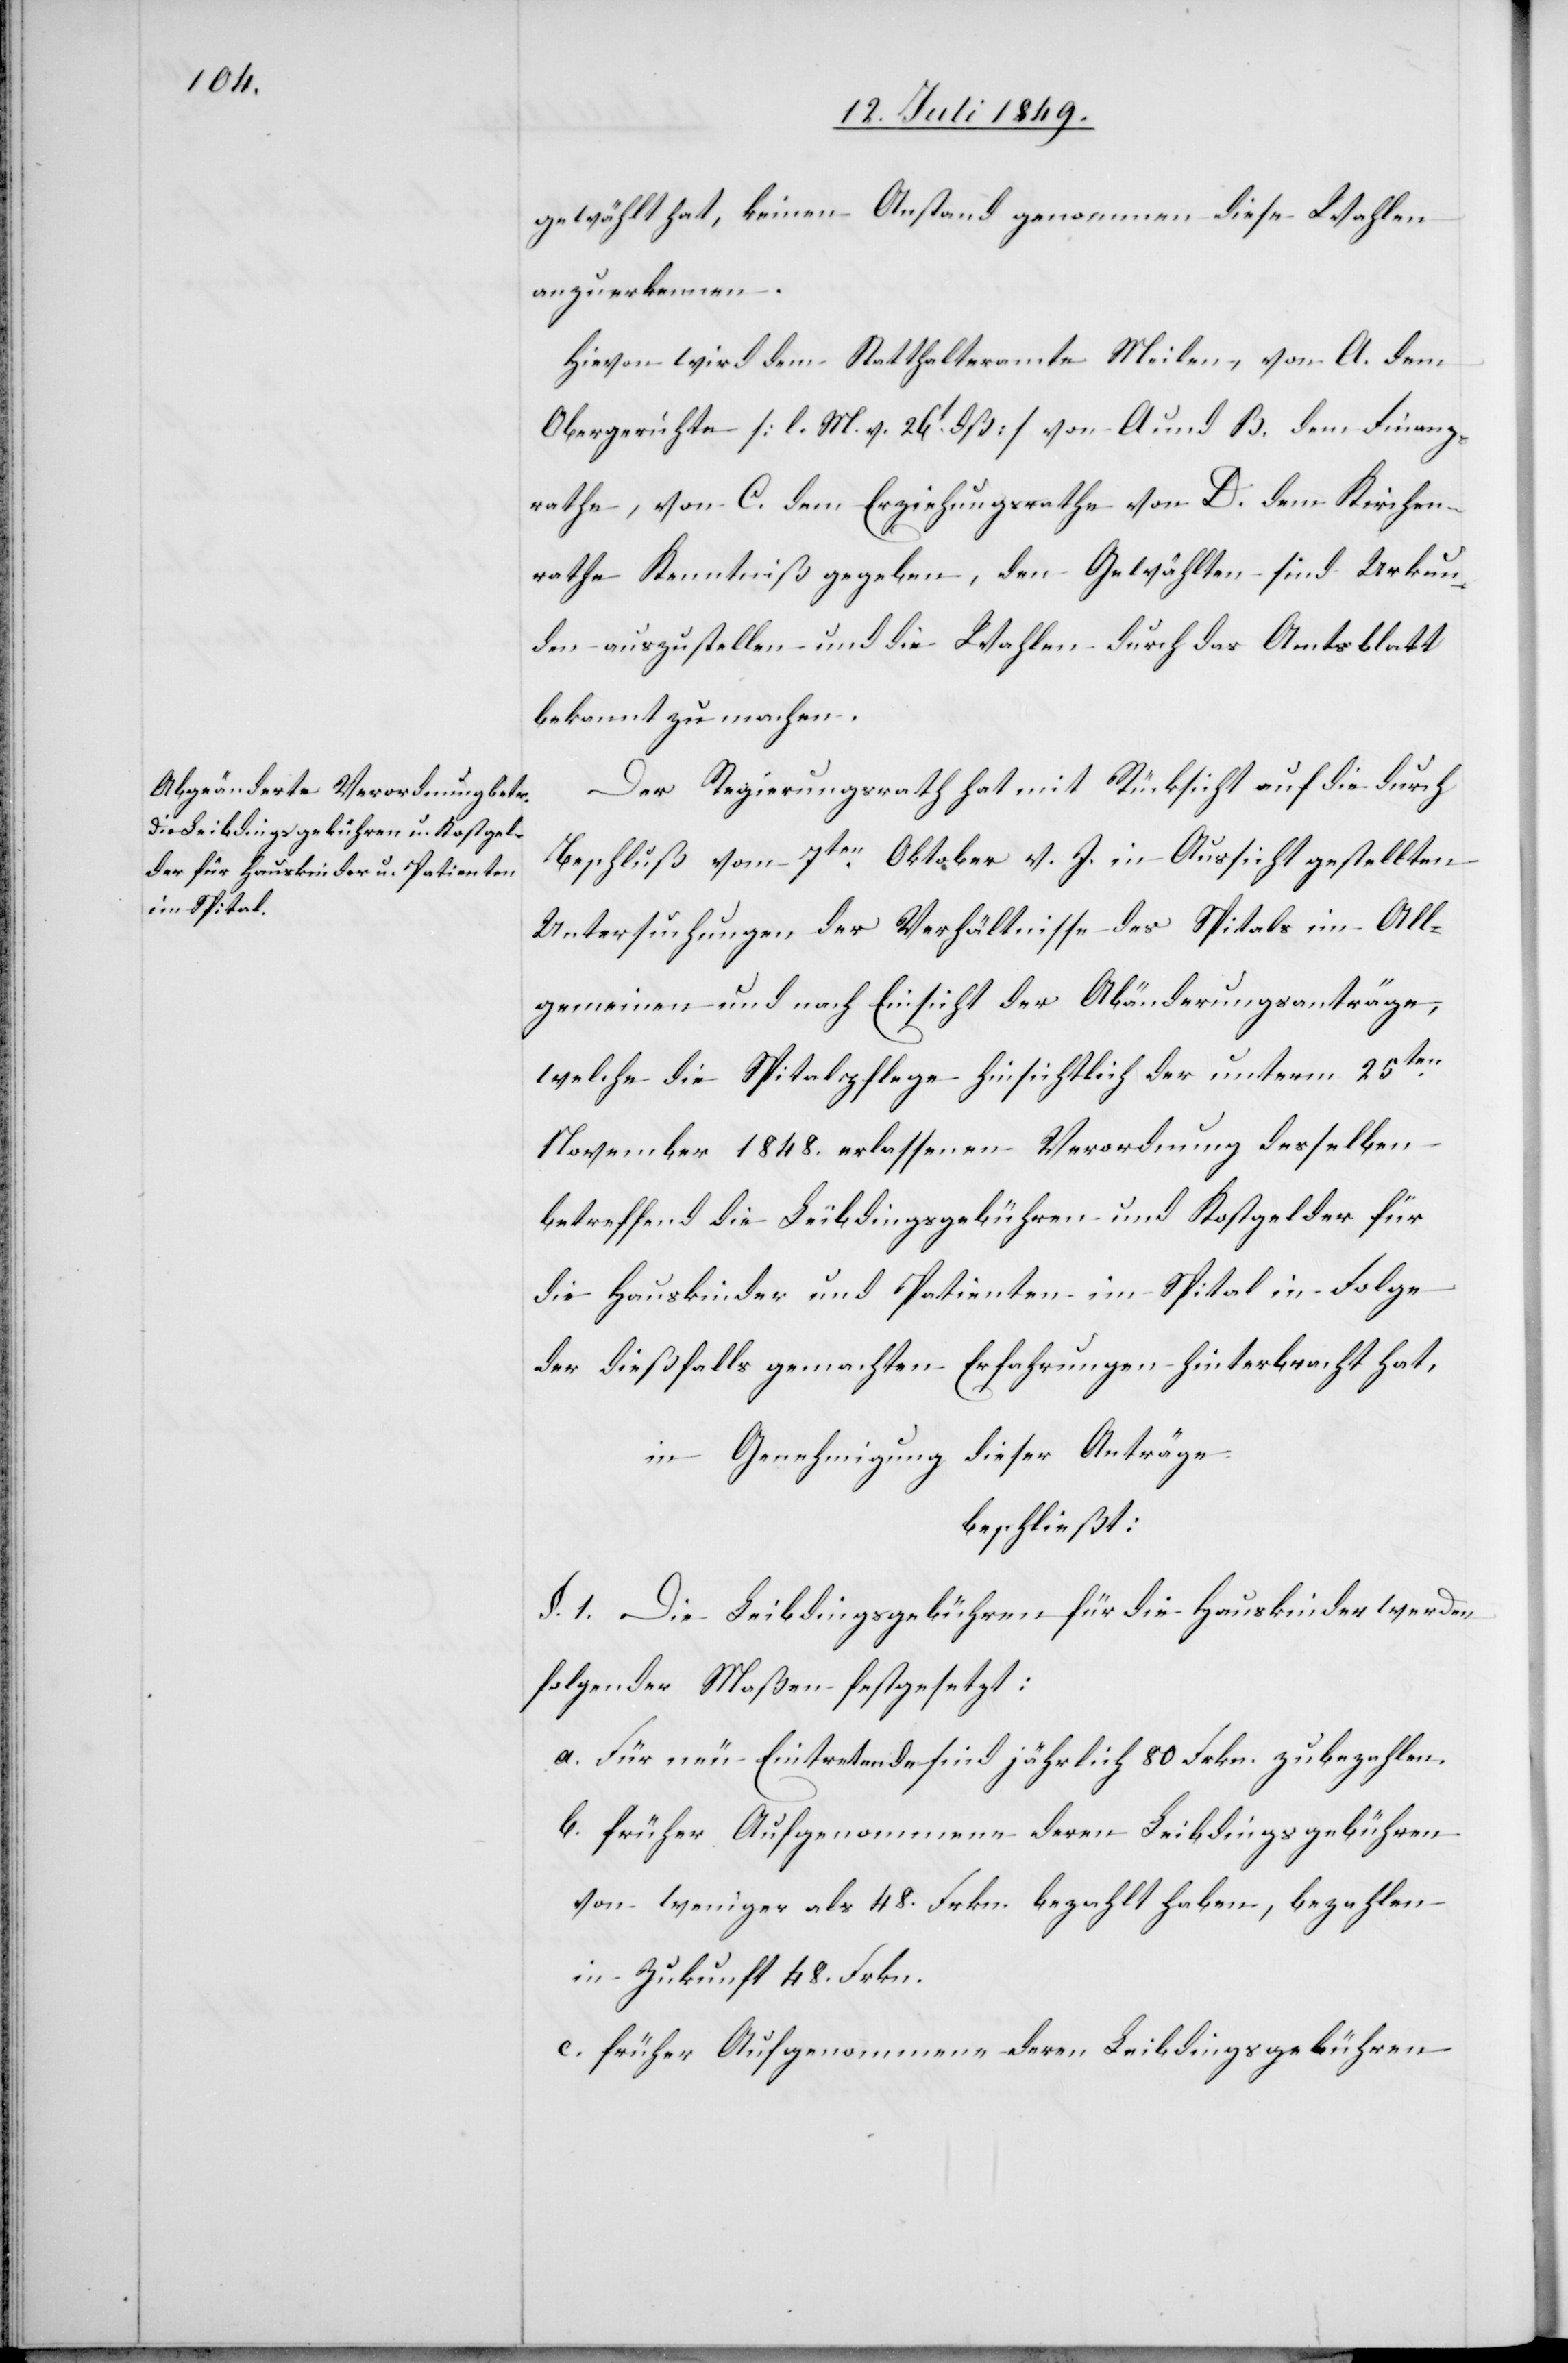
gewählt hat, keinen Anstand genommen diese Wahlen
anzuerkennen.
Hievon wird dem Statthalteramte Meilen, von A. dem
Obergerichte [l. M. v. 26t dß] von A. und B. dem Finanz¬
rathe, von C. dem Erziehungsrathe von D. dem Kirchen¬
rathe Kenntniß gegeben, den Gewählten sind Urkun¬
den auszustellen und die Wahlen durch das Amtsblatt
bekannt zu machen.
Der Regierungsrath hat mit Rücksicht auf die durch
Beschluß vom 7ten Oktober v. J. in Aussicht gestellten
Untersuchungen der Verhältnisse des Spitals im All¬
gemeinen und nach Einsicht der Abänderungsanträge,
welche die Spitalpflege hinsichtlich der unterm 25ten
November 1848. erlassenen Verordnung desselben
betreffend die Leibdingsgebühren und Kostgelder für
die Hauskinder und Patienten im Spital in Folge
der dießfalls gemachten Erfahrungen hinterbracht hat,
in Genehmigung dieser Anträge
beschließt:
§. 1. Die Leibdingsgebühren für die Hauskinder werden
folgender Maßen festgesetzt:
a. Für neu Eintretende sind jährlich 80 Frkn. zu bezahlen.
b. früher Aufgenommene deren Leibdingsgebühren
von weniger als 48. Frkn. bezahlt haben, bezahlen
in Zukunft 48. Frkn.
c. früher Aufgenommene deren Leibdingsgebühren